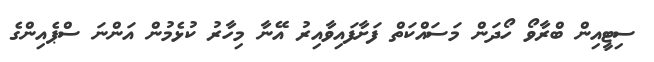
ސިޓީއިން ބްރާވޯ ހޯދަން މަސައްކަތް ފަށާފައިވާއިރު އޭނާ މިހާރު ކުޅެމުން އަންނަ ސްޕެެއިންގެ